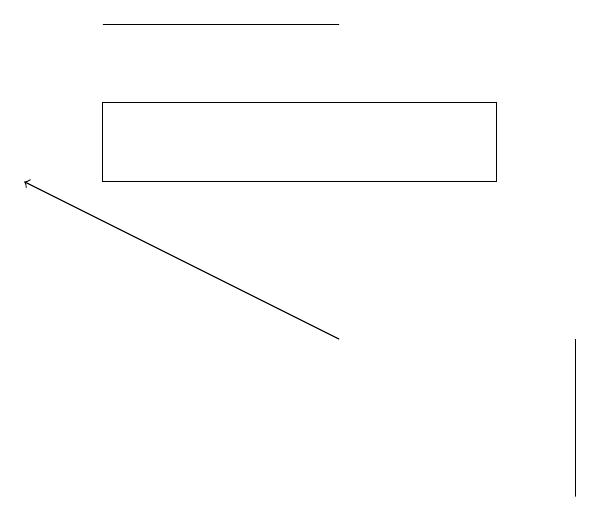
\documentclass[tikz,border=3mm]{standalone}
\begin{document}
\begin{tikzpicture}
\draw (9,11) rectangle (9,13);
\draw (3,17) rectangle (6,17);
\draw[->] (6,13) -- (2,15);
\draw (8,16) rectangle (3,15);
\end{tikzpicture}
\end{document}